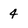
Character: 4